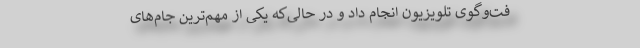
فت‌و‌گوی تلویزیون انجام داد و در حالی‌که یکی از مهم‌ترین جام‌های